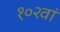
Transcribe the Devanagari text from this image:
१०२वां